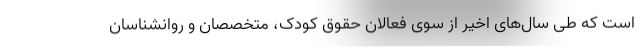
است که طی سال‌های اخیر از سوی فعالان حقوق کودک، متخصصان و روانشناسان